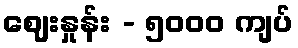
ဈေးနှုန်း - ၅၀၀၀ ကျပ်